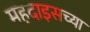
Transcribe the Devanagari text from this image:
महदाइसच्या